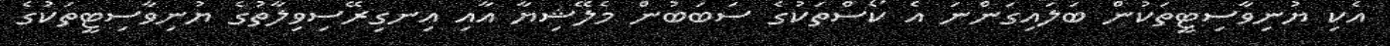
އެކި ޔުނިވާސިޓީތަކުން ބަލައިގަންނަ އެ ކޯސްތަކުގެ ސަބަބުން މެލޭޝިޔާ އާއި އިނގިރޭސިވިލާތުގެ ޔުނިވާސިޓީތަކުގެ